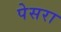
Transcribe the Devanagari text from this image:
पेसरा